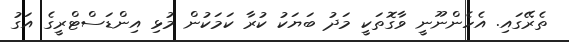
ތެރޭގައި. އެހެންނޫނީ ވާގޮތަކީ މަދު ބަޔަކު ކުރާ ކަމަކުން މުޅި އިންޑަސްޓްރީގެ އަގު